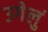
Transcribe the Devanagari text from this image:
उगेलुं